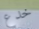
خدع